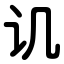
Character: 讥